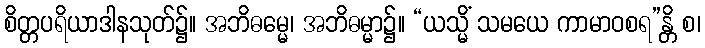
စိတ္တပရိယာဒါနသုတ်၌။ အဘိဓမ္မေ၊ အဘိဓမ္မာ၌။ “ယသ္မိံ သမယေ ကာမာဝစရ”န္တိ စ၊